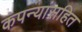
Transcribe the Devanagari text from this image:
कंपन्यांसहित